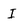
Character: I